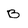
Character: B